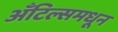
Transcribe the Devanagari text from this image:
अँटिल्समधून